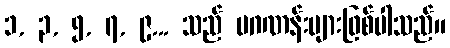
၁, ၃, ၅, ၇, ၉... သည် မဂဏန်းများဖြစ်ပါသည်။